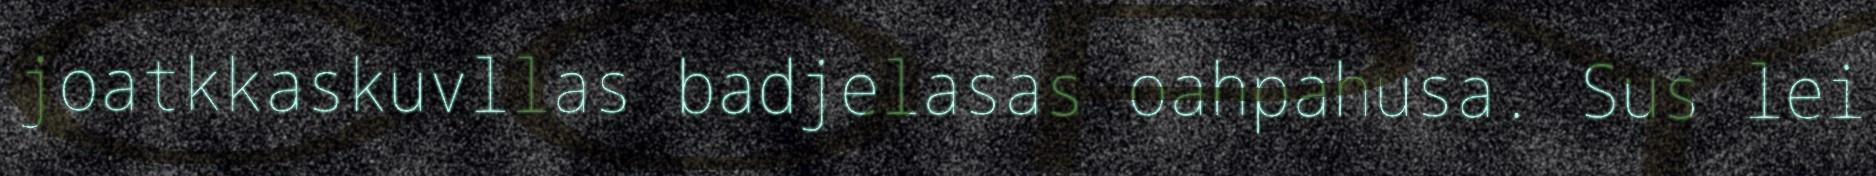
joatkkaskuvllas badjelasas oahpahusa. Sus lei